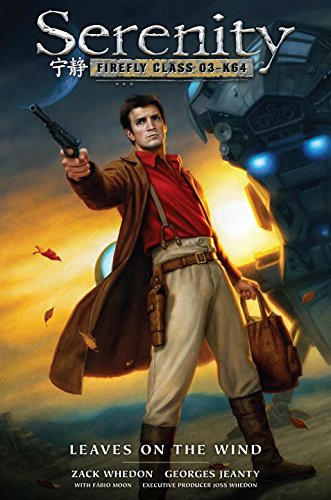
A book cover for Serenity: Leaves on the Wind; Comics & Graphic Novels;